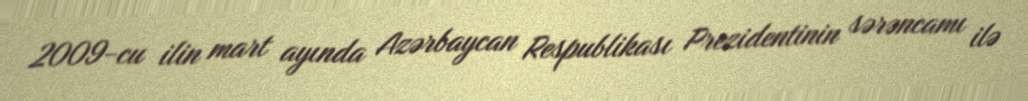
2009-cu ilin mart ayında Azərbaycan Respublikası Prezidentinin sərəncamı ilə